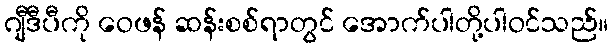
ဂျီဒီပီကို ဝေဖန် ဆန်းစစ်ရာတွင် အောက်ပါတို့ပါဝင်သည်။